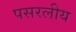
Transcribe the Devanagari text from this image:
पसरलीय